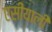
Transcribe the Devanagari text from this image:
एसीयाली